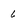
Character: 6